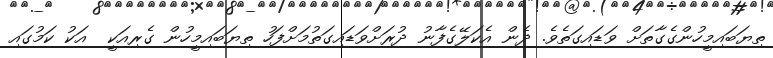
ތިޔަބައިމީހުންގެގާތަށް ވަޑައިގަތެވެ. ދެން އެކަލޭގެފާނު ދުރަށްވަޑައިގަތުމަށްފަހު ތިޔަބައިމީހުން ގެރިއަކީ  އަކު ކަމުގައި